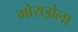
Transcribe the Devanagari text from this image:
मोराझेला